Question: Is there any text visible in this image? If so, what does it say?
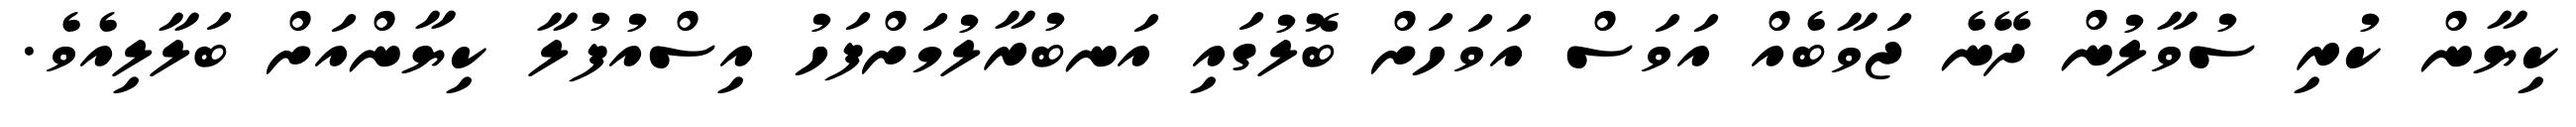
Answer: ކިޔާން ކުރި ސުވާލުން ދޭނެ ޖަވާބެއް އަވަސް އަވަހަށް ބޮލުގައި އަނބުރާލުމަށްފަހު އިސްއުފުލާ ކިޔާންއަށް ބަލާލިއެވެ.